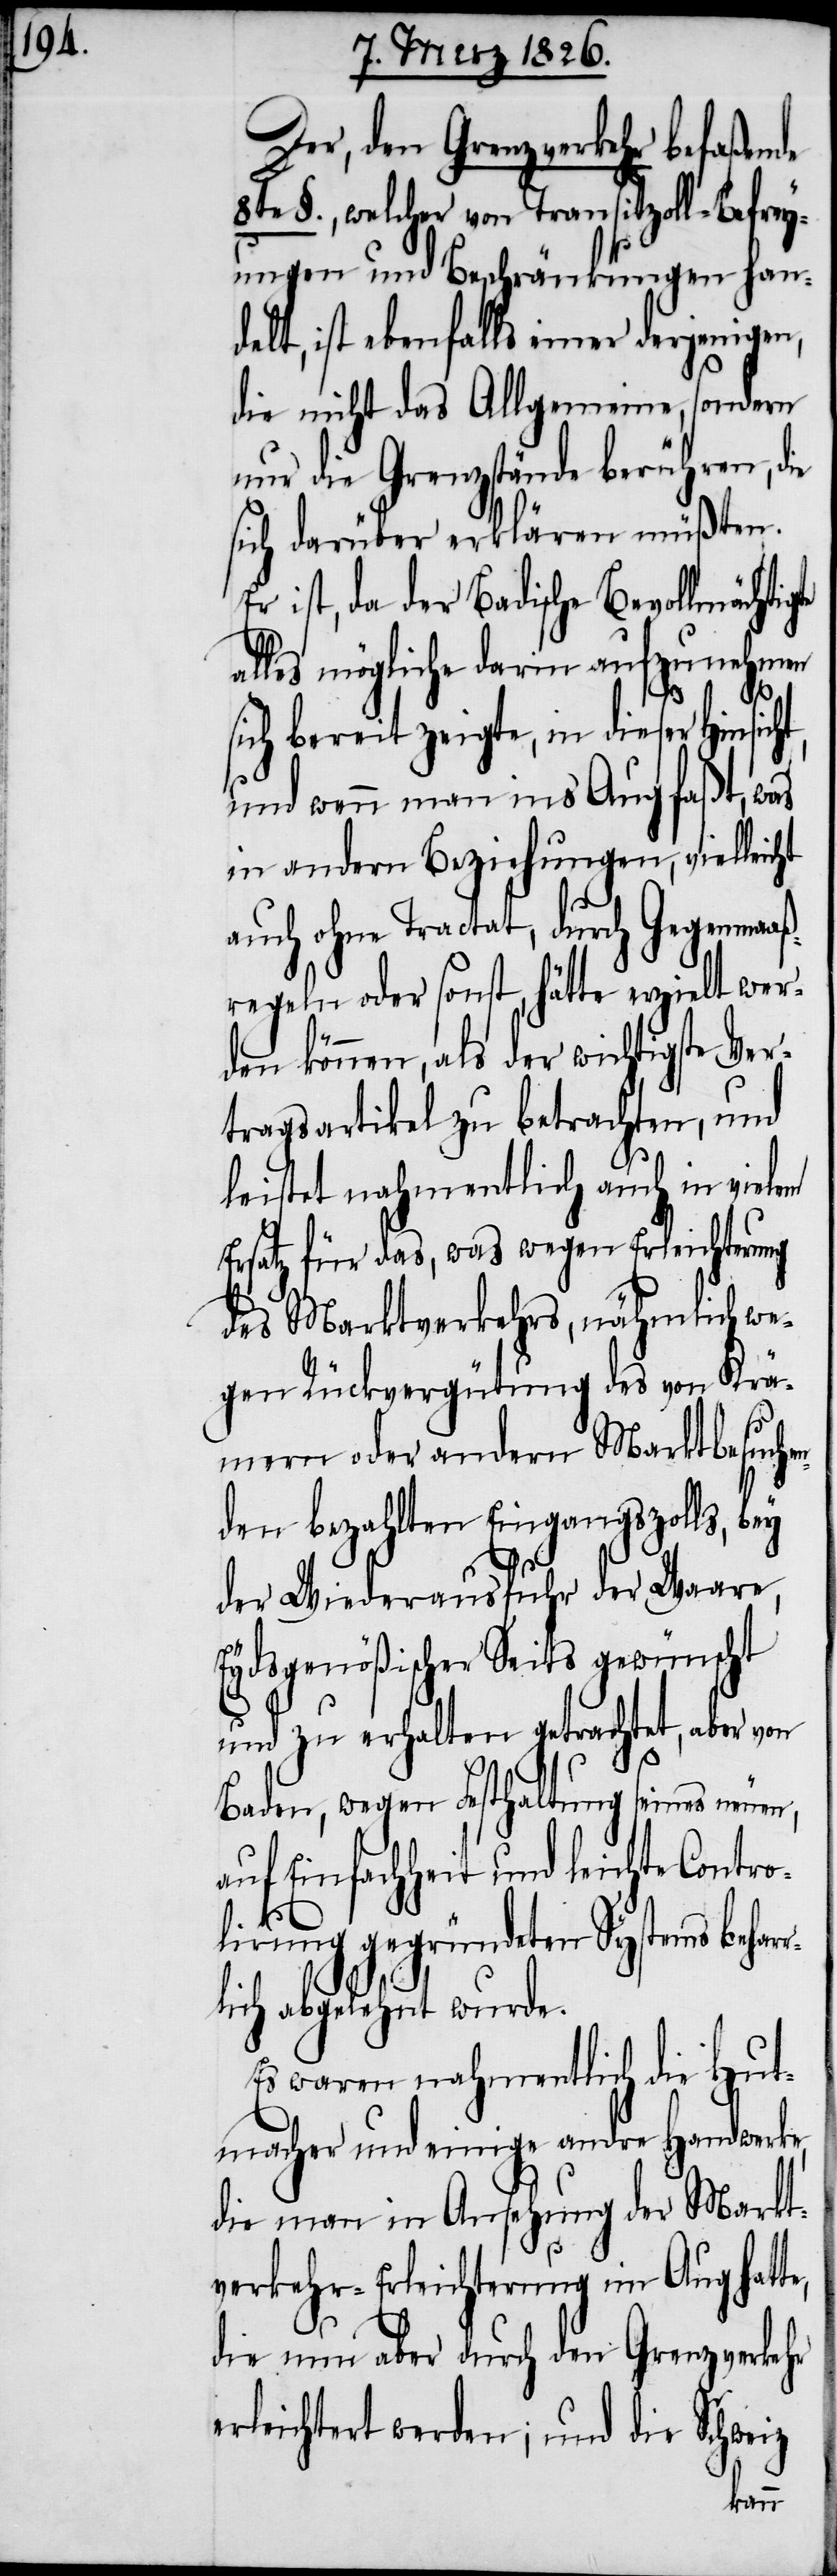
Der, den Grenzverkehr befaßende
8te §., welcher von Transitzoll-Befrey¬
ungen und Beschränkungen han¬
delt, ist ebenfalls einer derjenigen,
die nicht das Allgemeine, sondern
nur die Grenzstände berühren, d¬
sich darüber erklären müßten.
Er ist, da der Badische Bevollmächti¬
alles mögliche darin aufzunehmen
te,
sich bereit zeigte, in dieser Hinsic¬
und wenn man ins Aug faßt, was
in andern Beziehungen, vielleicht
auch ohne Tractat, durch Gegenmaaß¬
regeln oder sonst, hätte erzielt wer¬
den können, als der wichtigste Ver¬
tragsartikel zu betrachten, und
leistet nahmentlich auch in vielem
Ersatz für das, was wegen Erleichterung
des Marktverkehrs, nähmlich we¬
gen Rückvergütung des von Krä¬
mern oder andern Marktbesuch¬
den bezahlten Eingangszolls,
der Wiederausfuhr der Waare,
Eydsgenößischer Seits gewünscht
und zu erhalten getrachtet, aber von
Baden, wegen Festhaltung seines neue¬
f Einfachheit und leichte Contr¬
lirung gegründeten Systems behar¬
rlich abgelehnt wurde.
Es waren nahmentlich die Hut¬
macher und einige andre Handwerke,
die man in Ansehnung der Markt¬
verkehr-Erleichterung im Aug hat¬
die nun aber durch den Grenzverkehr
erleichtert werden; und die Schweiz